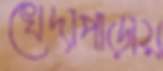
খেদাপাড়ায়